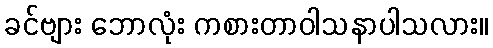
ခင်ဗျား ဘောလုံး ကစားတာဝါသနာပါသလား။